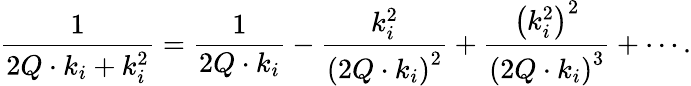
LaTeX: \frac{1}{2Q\cdot k_{i}+k_{i}^{2}}=\frac{1}{2Q\cdot k_{i}}-\frac{k_{i}^{2}}{\left(2Q\cdot k_{i}\right)^{2}}+\frac{\left(k_{i}^{2}\right)^{2}}{\left(2Q\cdot k_{i}\right)^{3}}+\cdots.